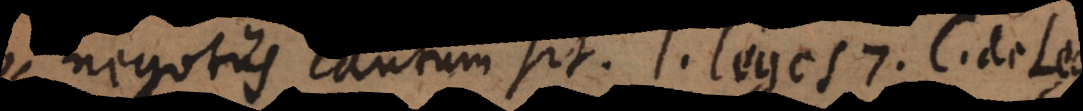
negotiis cau[sa]tum sit. l. leges 7. C. de